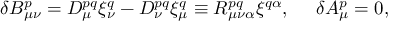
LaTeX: { \delta } B _ { \mu \nu } ^ { p } = { \cal D } _ { \mu } ^ { p q } { \xi } _ { \nu } ^ { q } - { \cal D } _ { \nu } ^ { p q } { \xi } _ { \mu } ^ { q } \equiv R _ { \mu \nu \alpha } ^ { p q } { \xi } ^ { q \alpha } , \, \, \, \, \, \, \, \, { \delta } A _ { \mu } ^ { p } = 0 ,